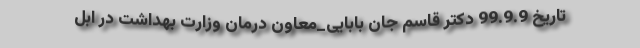
تاریخ 99.9.9 دکتر قاسم جان بابایی_معاون درمان وزارت بهداشت در ابل